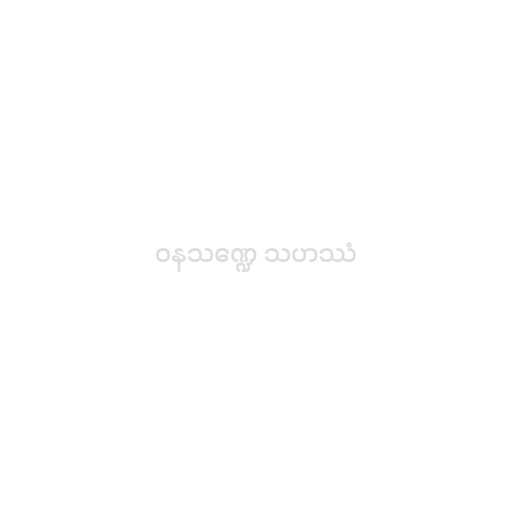
ဝနသဏ္ဍေ သဟဿံ